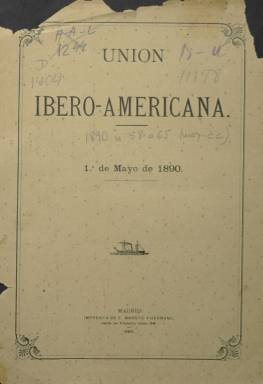
Título: Unión Ibero-Americana
Otros títulos: Unión Ibero Americana
Colección: Cultura
Ámbito geográfico: Madrid
Lugar de publicación: Madrid
Fechas: 01/05/1890-28/02/1926

Órgano oficial de la sociedad americanista o hispano-americanista de este mismo nombre, creada en Madrid el 25 de enero de 1885 y que alcanzó la mayor proyección internacional de entre las que se constituyeron. Su idea iberoamericana inicial aludía a la de la unión federal peninsular. A juicio de Vélez Jiménez (2007), se consolidará como una gran institución oficial en la que, a partir de la “segunda” Restauración, coexistirán conservadores y liberales, al menos hasta la tercera década del siglo veinte. Será sostenida con ayudas privadas, recibiendo el mayor apoyo en este sector por parte del segundo marqués de Comillas, Claudio López Bru (1853-1925), y a través de subvenciones estatales, que aumentarán especialmente desde 1895. Antonio Cánovas del Castillo (1828-1897) ya la había declarado, previamente, en 1890, como sociedad de “fomento y utilidad pública”, y, centralizada en Madrid, contará con delegaciones en provincias (las principales en Vizcaya, Burgos y Alicante), y en las principales capitales de Hispanoamérica, a través de las legaciones consulares españolas.

La revista debió comenzar a publicarse en 1887, aunque la colección de la Biblioteca Nacional de España (BNE) comienza en la entrega de mayo de 1890, el mismo año en que la Unión Ibero-Americana se fusiona con la Unión Hispano-Americana, asociación de similar naturaleza. La publicación aparecerá cada primero de mes, aunque posteriormente su frecuencia será bimensual y también quincenal. Su formato y paginación variará, con entregas desde la docena de páginas hasta casi alcanzar el centenar, compuestas a dos y, posteriormente, a una columna. Incluirá fotografías, tanto en algunas de sus cubiertas como dentro y fuera de los textos, a veces como láminas. Entre este material fotográfico se encuentran los retratos de presidentes y altos cargos de las repúblicas latinoamericanas, de vistas de sus ciudades y edificios más característicos y de diversos actos celebrados por la asociación. En las últimas páginas inserta anuncios publicitarios.

La Unión Ibero-Americana se definió como una asociación internacional para las relaciones sociales, económicas, científicas y políticas de España, Portugal y las naciones americanas, y en las páginas de su revista se publicarán textos de diversa índole, además de las informaciones que dan cuenta de sus actividades y organización, como las memorias de su comisión ejecutiva, las cuentas generales de ingresos y gastos, los actos de su junta nacional central o el ingreso o donaciones bibliográficas en su biblioteca. Pero también informará, a veces a través de entregas especiales, de la celebración del cuarto centenario del descubrimiento de América, en cuya organización participará, o de los congresos americanistas que se celebran durante esos años de fin de siglo. También publica informaciones y artículos sobre las relaciones hispano-americanas, el comercio o las exportaciones e importaciones. Tras el Desastre del 98 y la celebración, en 1900, del Congreso Social y Económico Hispano-Americano, removerá las bases de la asociación, que a continuación organizará el 12 de octubre como Fiesta de la Raza en España.

Entre las firmas de sus textos aparecen, entre otras, las de Mariano Cancio Villamil (1823-1894), Antonio Gómez Restrepo (1869-1947), Nicolás Díaz y Pérez (1841-1902), Josep Maluquer i Salvador (1863-1931), Ángel Lasso de la Vega (1831-1899), José María Nogués Gastaldi (1838-1920), Antonio Balbín de Unquera (1842-1919), Francisco Rodríguez Marín (1855-1943), Rafael Reyes Prieto (1849-1921), Faustino Rodríguez San Pedro (1833-1925), las del conde las Navas o del duque de Lema. Desde agosto de 1900 se pondrá al frente de la revista como director el liberal Luis de Armiñán, que después será sustituido por Manuel de Saralegui y Medina (1851-1926).

El primer presidente de la Unión Iberoamericana había sido el citado Mariano Cancio Villamil, quien, tras su fallecimiento, le sustituirá, hasta 1920, el también citado conservador Faustino Rodríguez San Pedro, y a éste el maurista Luis Armada y Losada (1861-1932), marqués de Figueroa, que será quien gestione su fusión, en 1926, con la Asociación Hispano-Americana que dirigía el duque de Alba, Jacobo Fitz-James Stuart Falcó (1902-1953). Con esta fusión, Unión Ibero-Americana publica su última entrega el 21 de febrero de 1926, y a partir de junio de este año comenzará a aparecer, en su lugar, Revista de las Españas, que también forma parte de la colección de la BNE.

Referencias bibliográficas tanto para la Unión Iberoamericana como para la publicación del mismo nombre son los trabajos de Vélez Jiménez (1990 y 2007), Sepúlveda Muñoz (1991) y Del Pozo Redondo (2012), que da cuenta del proyecto de digitalización de las revistas americanistas españolas editadas entre 1880 y 1936 por parte de La Biblioteca de la Universidad Internacional de Andalucía (UNIA).